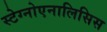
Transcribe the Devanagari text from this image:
स्टेग्नोएनालिसिस